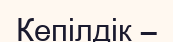
Кепілдік –